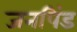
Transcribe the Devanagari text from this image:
जनपिंड